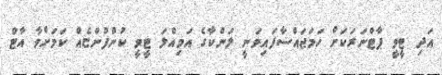
އަދި ޓީވީ ޕާޓްނަރަކަށް ހަމަޖައްސާފައިވަނީ ލަންކާގެ އަމިއްލަ ޓީވީ ކުންފުންޏެއް ކަމަށްވާ އާޓް